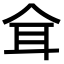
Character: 𦔴